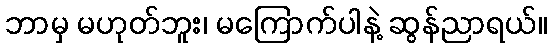
ဘာမှ မဟုတ်ဘူး၊ မကြောက်ပါနဲ့ ဆွန်ညာရယ်။